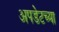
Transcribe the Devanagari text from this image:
अपडेटच्या